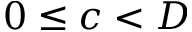
0 \le c < D